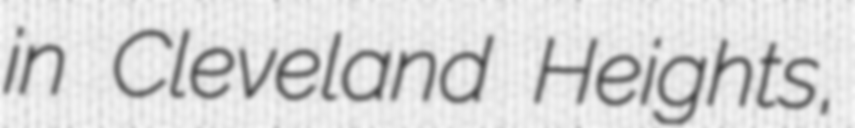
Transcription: in Cleveland Heights,